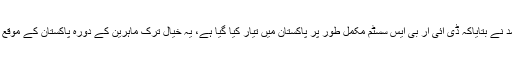
ممبر شکایات عبدالصمد نے بتایاکہ ڈی آئی آر بی ایس سسٹم مکمل طور پر پاکستان میں تیار کیا گیا ہے، یہ خیال ترک ماہرین کے دورہ پاکستان کے موقع پر ہمارے ذہن میں آیا۔